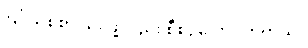
ပြင်သစ်စာ သင်ဖို့လည်း စီစဉ်ပေးလိုက်တယ်။